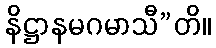
နိဋ္ဌာနမဂမာသီ”တိ။